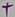
Text: +